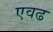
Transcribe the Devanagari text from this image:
एवढ